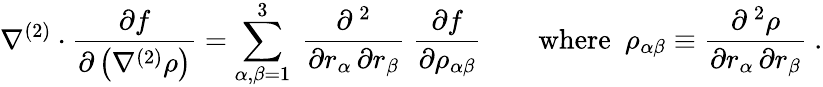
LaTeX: \nabla^{(2)}\cdot{\frac{\partial f}{\partial\left(\nabla^{(2)}\rho\right)}}=\sum_{\alpha,\beta=1}^{3}\ {\frac{\partial^{\, 2}}{\partial r_{\alpha}\, \partial r_{\beta}}}\ {\frac{\partial f}{\partial\rho_{\alpha\beta}}}\qquad{\mathrm{where}}\ \ \rho_{\alpha\beta}\equiv{\frac{\partial^{\, 2}\rho}{\partial r_{\alpha}\, \partial r_{\beta}}}\ .